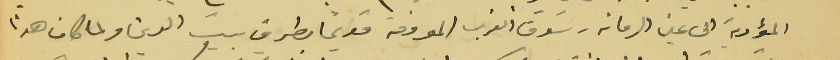
المؤدية الى عين الرمانه - سَوق الغرب المعروفة قديماً بطريق بيت الدين ولما كان هذا